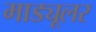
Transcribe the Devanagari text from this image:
माड्यूलर